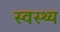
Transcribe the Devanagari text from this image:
स्‍वस्‍थ्‍य